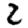
Digit: 2